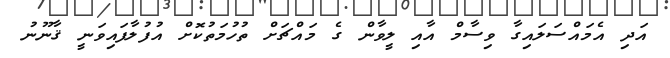
އަދި އެމައްސަލައިގާ ވިސާމް އާއި ލީވާން ގެ މައްޗަށް ތުހުމަތުކޮށް އުފުލާފައިވަނީ ޤާނޫނު